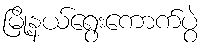
မြို့နယ်ရွေးကောက်ပွဲ